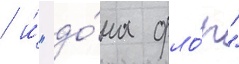
/ и́ "до́на фло́р"